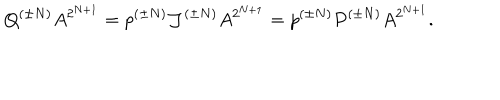
Q ^ { ( \pm N ) } A ^ { 2 ^ { N + 1 } } = p ^ { ( \pm N ) } { \cal J } ^ { ( \pm N ) } A ^ { 2 ^ { N + 1 } } = p ^ { ( \pm N ) } P ^ { ( \pm N ) } A ^ { 2 ^ { N + 1 } } .